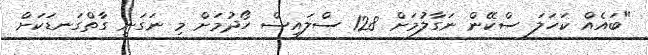
"ބައެއް ކަހަލަ ސްކޭން ނަގާލުމަށް 128 ސްލައިސް ހޯދުމަށް މި ނަގަނީ ގާތްގަނޑަކަށް